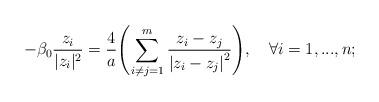
LaTeX: \begin{align*}- \beta_0\frac{z_i}{\vert z_i\vert^2}=\frac{4}{a}\displaystyle{\left(\sum_{i\neq j =1}^{m}\frac{z_i-z_j}{\left|z_i-z_j\right|^{2}}\right)},\quad\forall i=1,...,n;\end{align*}